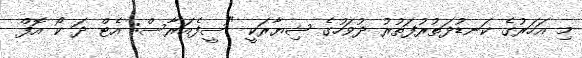
މި އަހަރުގެ ކަނޑުދަތުރުފަތުރު ދުވަހުގެ ޝިޔާރަކީ "ސީފެއަރާސް: އެޓް ދަ ކޯ އޮފް